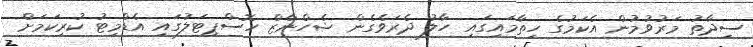
ސިދާތު މަރުވުމުން އެކަމުގެ ހިތާމައިގައި ހާލު ދެރަވެގެން ޝެހްނާޒް ހޮސްޕިޓަލުގައި އެޑްމިޓު ކުރިކަމަށް